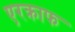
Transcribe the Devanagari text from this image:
एरक्राफ